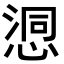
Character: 𢞉